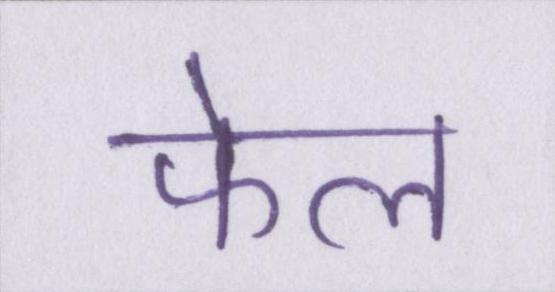
फेल